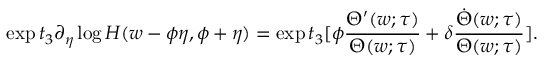
\exp t _ { 3 } \partial _ { \eta } \log H ( w - \phi \eta , \phi + \eta ) = \exp t _ { 3 } [ \phi \frac { \Theta ^ { \prime } ( w ; \tau ) } { \Theta ( w ; \tau ) } + \delta \frac { \dot { \Theta } ( w ; \tau ) } { \Theta ( w ; \tau ) } ] .